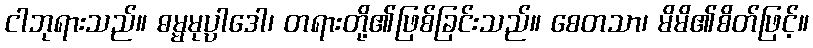
ငါဘုရားသည်။ ဓမ္မမုပ္ပါဒေါ၊ တရားတို့၏ဖြစ်ခြင်းသည်။ စေတသာ၊ မိမိ၏စိတ်ဖြင့်။